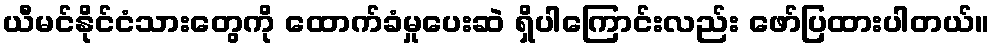
ယီမင်နိုင်ငံသားတွေကို ထောက်ခံမှုပေးဆဲ ရှိပါကြောင်းလည်း ဖော်ပြထားပါတယ်။